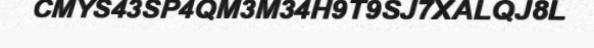
CMYS43SP4QM3M34H9T9SJ7XALQJ8L